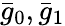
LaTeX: \bar{g}_{0},\bar{g}_{1}